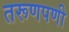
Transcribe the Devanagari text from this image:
तरूणपणी